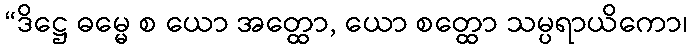
“ဒိဋ္ဌေ ဓမ္မေ စ ယော အတ္ထော, ယော စတ္ထော သမ္ပရာယိကော၊